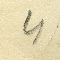
4